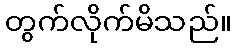
တွက်လိုက်မိသည်။